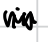
Text: in
Cross-out: mix
Writing tool: digital_black